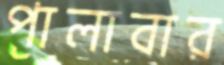
পালাবার